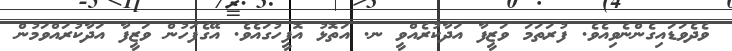
ވެދެވަޑައިގެންނެވިއެވެ. ފުރަތަމަ ވަޒީފާ އަދާކުރެއްވީ ނ. އަތޮޅު އޮފީހުގައެވެ. އޭގެފަހުން ވަޒީފާ އަދާކުރައްވަމުން